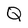
Character: Q